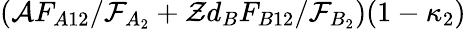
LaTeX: (\mathcal{A}F_{A12}/\mathcal{{F}}_{A_{2}}+\mathcal{{Z}}d_{B}F_{B12}/\mathcal{{F}}_{B_{2}})(1-\kappa_{2})